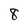
Character: 8